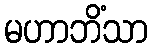
မဟာဘိံသာ